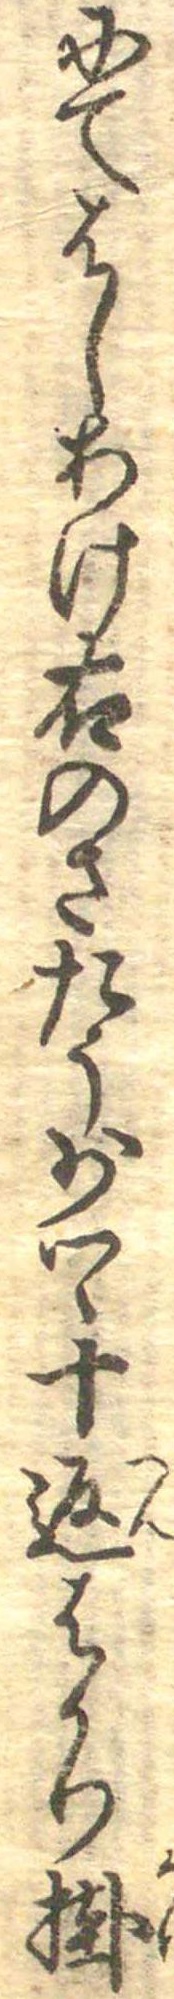
にてはしあけ右のさたう少つゝ十返はかり掛